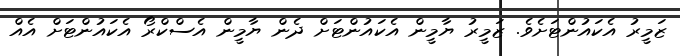
ޒަމީރު އެކައުންޓަށެވެ. ޒަމީރު ޔާމީން އެކައުންޓަށް ދެން ޔާމީން އެސްކްރޯ އެކައުންޓަށް އެއް